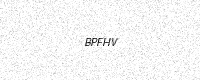
Text: BPFHV